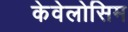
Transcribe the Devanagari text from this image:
केवेलोसिम